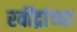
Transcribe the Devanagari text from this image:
रवींद्रांच्या